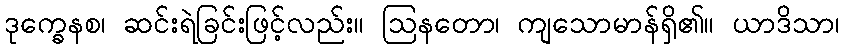
ဒုက္ခေနစ၊ ဆင်းရဲခြင်းဖြင့်လည်း။ ဩနတော၊ ကျသောမာန်ရှိ၏။ ယာဒိသာ၊